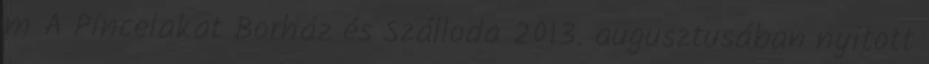
m A Pincelakat Borház és Szálloda 2013. augusztusában nyitott